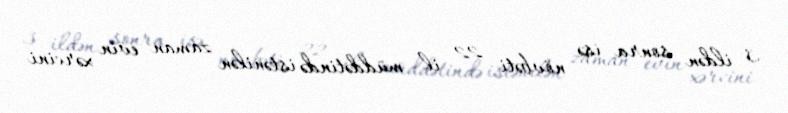
3 ildən sonra isə növbəti 22 il müddətində istənilən zaman evin xərcini